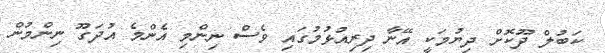
ކަބުލް ދޫކޮށް ދިޔުމަކީ އޭނާ ދިރިއުޅުމުގައި ވެސް ނިންމި އެންމެ އުދަގޫ ނިންމުން